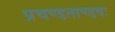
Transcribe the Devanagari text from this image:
प्रचण्डताण्डवः